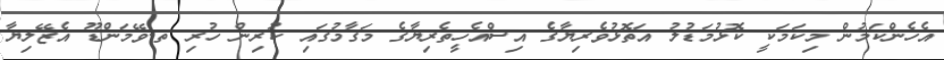
އެހެންކަމުން މިކަމަކީ ކޮޅުމަޑުލު އަތޮޅުވެރިޔާގެ އިސްއެހީތެރިޔާގެ މަގާމުގައި ކުރިން ހުރި ތ.ވޭމަންޑޫ އެޒޭލިޔާ